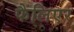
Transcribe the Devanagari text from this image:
फैलिएर